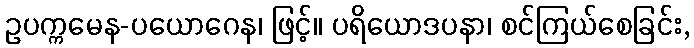
ဥပက္ကမေန-ပယောဂေန၊ ဖြင့်။ ပရိယောဒပနာ၊ စင်ကြယ်စေခြင်း,